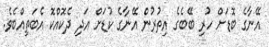
އޭނާގެ ބޮޑަށް ހުރި ބޭބެގެ އިތުރުން އޭނާގެ ކުޑަށް އަދި ދެކޮއްކޮ އެބަތިއްބެވެ.